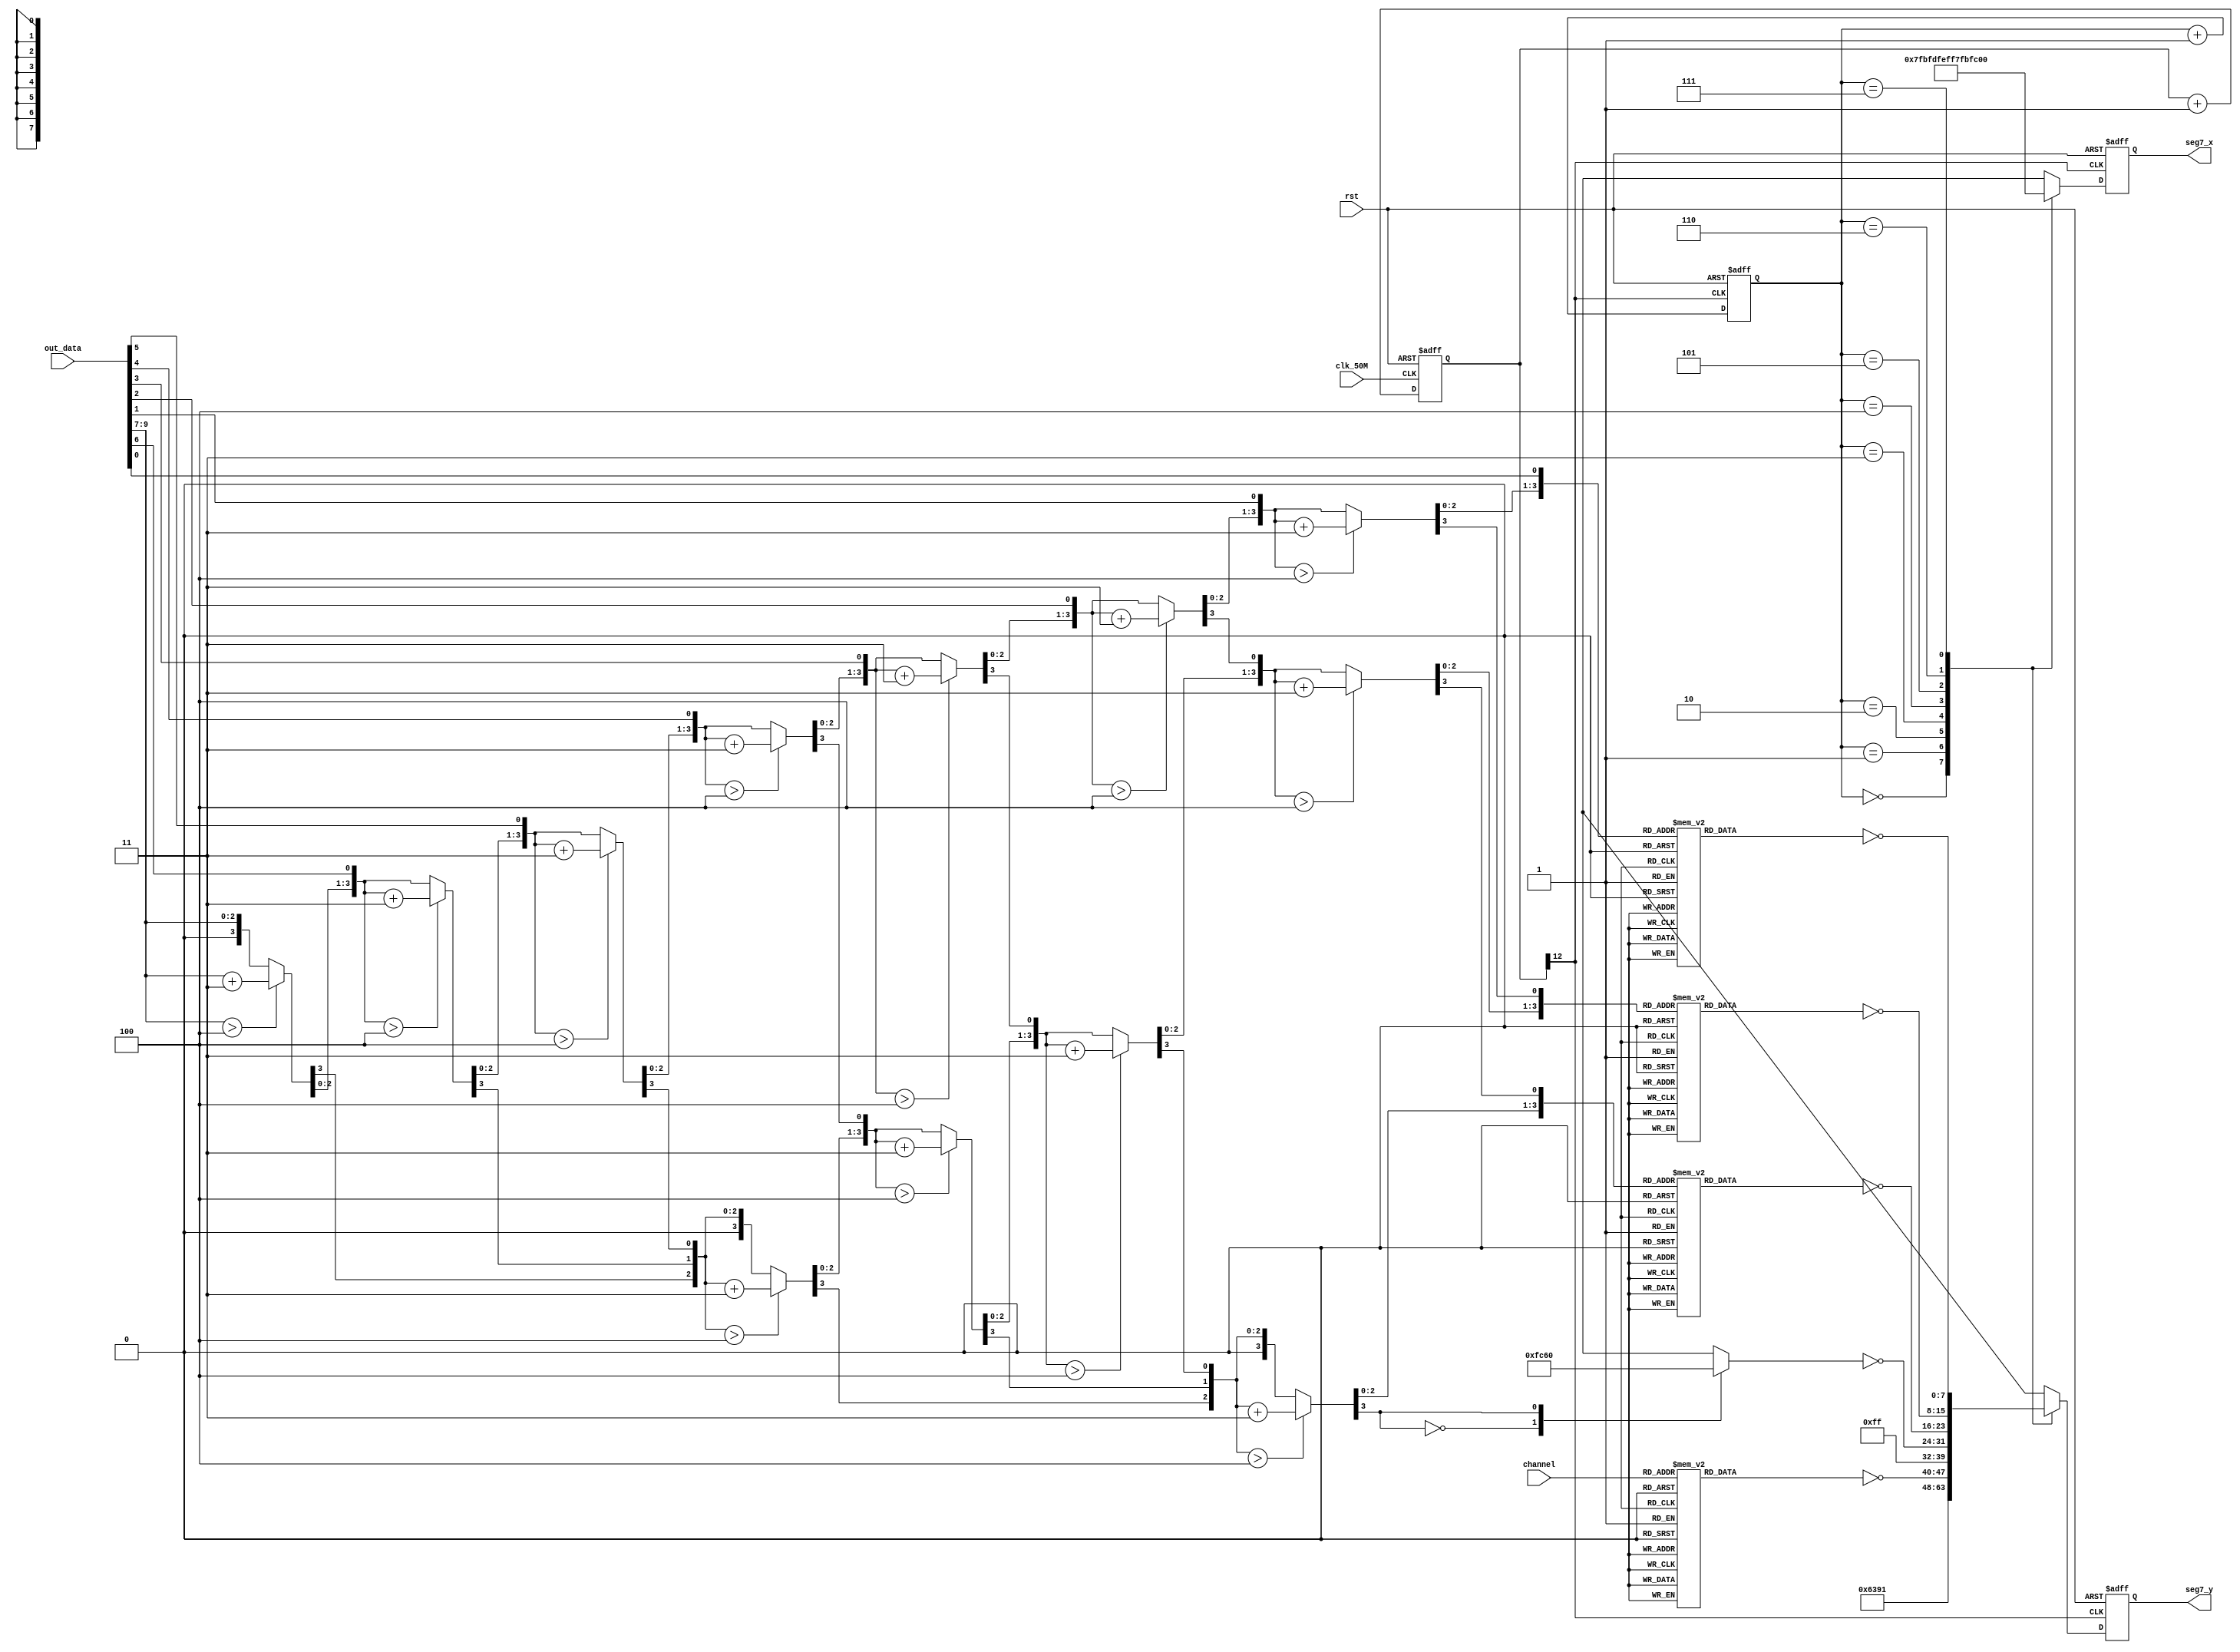
module seg7(clk_50M,rst,seg7_x,seg7_y,out_data,channel);

output reg[7:0] seg7_x;
output reg[7:0] seg7_y;

input[2:0] channel;
input[9:0] out_data;

input clk_50M;
input rst;

//register or wire for each 7-seg(left(x0)-->right(x_7))
wire[7:0] x_0;
wire[7:0] x_1;
reg[7:0] x_2;
wire[7:0] x_3;
reg[7:0] x_4;
reg[7:0] x_5;
reg[7:0] x_6;
reg[7:0] x_7;

reg[2:0] count;

assign x_0=8'b10011100;	//C
assign x_1=8'b01101110;	//H

always@(channel)
begin
	case(channel)	//x_2
		3'b000:x_2=8'b01100000;	//1
		3'b001:x_2=8'b11011010;	//2
		3'b010:x_2=8'b11110010;	//3
		3'b011:x_2=8'b01100110;	//4
		3'b100:x_2=8'b10110110;	//5
		3'b101:x_2=8'b10111110;	//6
		3'b110:x_2=8'b11100100;	//7
		3'b111:x_2=8'b11111110;	//8
		default;
	endcase
end

assign x_3=8'b00000000;	//x_3 no use

//binary to bcd, use double dabble
reg[12:0] bcd;
integer i,j;

always@(out_data) 
begin
  bcd[12:0] =13'b0000000000000;     // initialize with zeros
  bcd[9:0] = out_data;                                   // initialize with input vector
  for(i = 0; i <= 6; i = i+1)                       // iterate on structure depth
    for(j = 0; j <= i/3; j = j+1)                     // iterate on structure width
      if (bcd[10-i+4*j -: 4] > 4)                      // if > 4
        bcd[10-i+4*j -: 4] = bcd[10-i+4*j -: 4] + 4'd3; // add 3
end

//x_4 to x_7 for print out_data in 7-seg

always@(bcd[12])
begin
	case(bcd[12])
	 	4'b0000:x_4<=8'b11111100;//0
	 	4'b0001:x_4<=8'b01100000;//1
	 	default:x_4<=8'b11111100;//default
	endcase
end

always@(bcd[11:8])
begin	
	case(bcd[11:8])
	 	4'b0000:x_5<=8'b11111100;//0
	 	4'b0001:x_5<=8'b01100000;//1
	 	4'b0010:x_5<=8'b11011010;//2
	 	4'b0011:x_5<=8'b11110010;//3
	 	4'b0100:x_5<=8'b01100110;//4
	 	4'b0101:x_5<=8'b10110110;//5
	 	4'b0110:x_5<=8'b10111110;//6
	 	4'b0111:x_5<=8'b11100100;//7
		4'b1000:x_5<=8'b11111110;//8
		4'b1001:x_5<=8'b11110110;//9
		default:x_5<=8'b11111100;//default
	endcase
end
	
always@(bcd[7:4])
begin
	case(bcd[7:4])
	 	4'b0000:x_6<=8'b11111100;//0
	 	4'b0001:x_6<=8'b01100000;//1
	 	4'b0010:x_6<=8'b11011010;//2
	 	4'b0011:x_6<=8'b11110010;//3
	 	4'b0100:x_6<=8'b01100110;//4
	 	4'b0101:x_6<=8'b10110110;//5
	 	4'b0110:x_6<=8'b10111110;//6
	 	4'b0111:x_6<=8'b11100100;//7
		4'b1000:x_6<=8'b11111110;//8
		4'b1001:x_6<=8'b11110110;//9
		default:x_6<=8'b11111100;//default
	endcase
end

always@(bcd[3:0])
begin	
	case(bcd[3:0])
	 	4'b0000:x_7<=8'b11111100;//0
	 	4'b0001:x_7<=8'b01100000;//1
	 	4'b0010:x_7<=8'b11011010;//2
	 	4'b0011:x_7<=8'b11110010;//3
	 	4'b0100:x_7<=8'b01100110;//4
	 	4'b0101:x_7<=8'b10110110;//5
	 	4'b0110:x_7<=8'b10111110;//6
	 	4'b0111:x_7<=8'b11100100;//7
		4'b1000:x_7<=8'b11111110;//8
		4'b1001:x_7<=8'b11110110;//9
		default:x_7<=8'b11111100;//default
	endcase
end


//low clk generator

wire low_clk=clk_count[12];
reg[12:0] clk_count;

always@(posedge clk_50M or negedge rst)
begin
	if(!rst)
	begin
		clk_count<=13'b0000000000000;
	end
	else
	begin
		clk_count<=clk_count+1'b1;
	end
end

//7-seg control circuit, need low clk so LED can switch property

always@(posedge low_clk or negedge rst)
begin
	if(!rst)
	begin
		count<=3'b000;
		seg7_x<=8'b11111111;
		seg7_y<=8'b11111111;
	end
	else
	begin
		count<=count+1'b1;
		case(count)	
				3'b000: 
				begin
					seg7_x<=8'b01111111;
					seg7_y<=~x_0;
				end
				
				3'b001: 
				begin
					seg7_x<=8'b10111111;
					seg7_y<=~x_1;
				end
				
				3'b010: 
				begin
					seg7_x<=8'b11011111;
					seg7_y<=~x_2;
				end
				
				3'b011: 
				begin
					seg7_x<=8'b11101111;
					seg7_y<=~x_3;
				end
				
				3'b100: 
				begin
					seg7_x<=8'b11110111;
					seg7_y<=~x_4;
				end
				
				3'b101: 
				begin
					seg7_x<=8'b11111011;
					seg7_y<=~x_5;
				end
				
				3'b110: 
				begin
					seg7_x<=8'b11111101;
					seg7_y<=~x_6;
				end
				
				3'b111: 
				begin
					seg7_x<=8'b11111110;
					seg7_y<=~x_7;
				end
				
				default
				begin
					seg7_x<=8'b11111111;
					seg7_y<=8'b11111111;
				end
				
		endcase
	end
end

endmodule